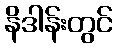
နိဒါန်းတွင်